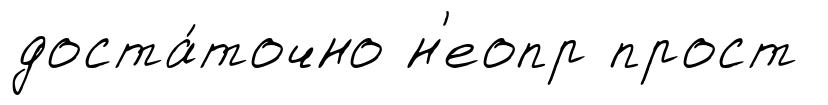
доста́точно н'еопр прост